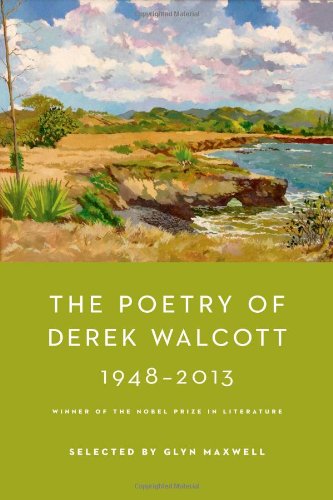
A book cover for The Poetry of Derek Walcott 1948-2013; Derek Walcott; Literature & Fiction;